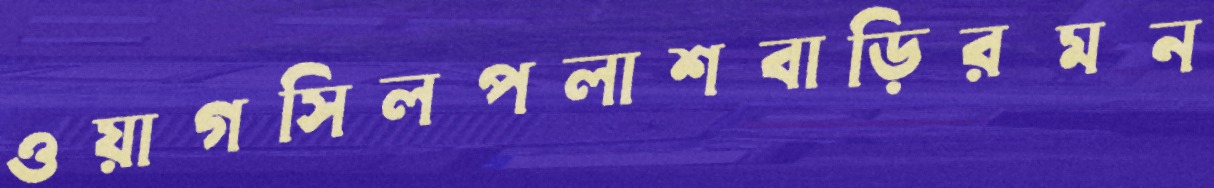
ওয়াগসিলপলাশবাড়িরমন